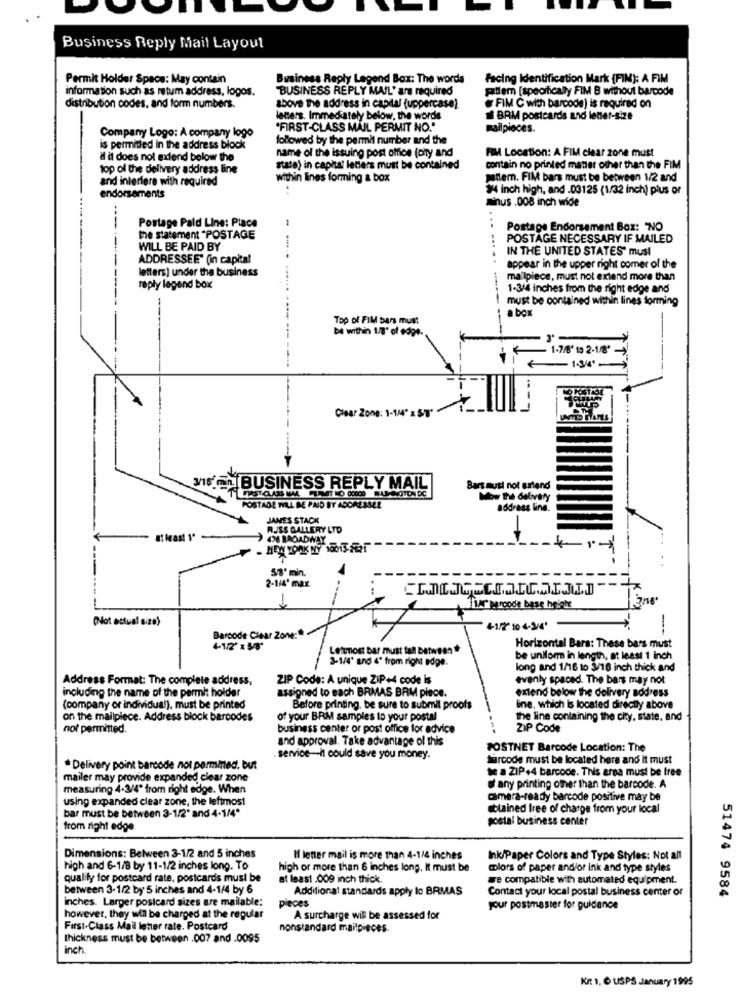
Business Reply Mail Layout
Permit Holder Space: May contain
Business Reply Legend Box: The words
facing Identification Mark (FIM): A FIM
information such as retum address, logos.
"BUSINESS REPLY MAIL' are required
paulem [specifically FIM B without barcode
distribution codes, and form numbers.
above the address in capital (uppercase).
FIM C with barcode) is required on
leners. Immediately below, the words
BAM postcards and lener-size
"FIRST-CLASS MAIL PERMIT NO."
Railpieces.
Company Logo: A company logo
followed by the permit number and the
is permitted in the address block
name of the issuing post office (only and
il dt does not extend below the
FIM Location: A FIM clear zone must
top of the delivery address line
stato) in capital letters must be contained
contain no printed matter other than the FIM
and interfere with required
within lines forming a box
mailem. FIM bars must be between 1/2 and
3/4 inch high, and .03125 (1/32 inch) plus or
endorsements
minus .008 inch wide
---
Postage Paid Line: Place
Postage Endorsement Box: "NO
-
the statement "POSTAGE
POSTAGE NECESSARY IF MAILED
WILL BE PAID BY
IN THE UNITED STATES" must
ADDRESSEE" (in capital
letters] under the business
appear in the upper right comer of the
mailpiece, must not extend more than
reply legend box
...
1-3/4 inches from the right edge and
must be contained within lines forming
Top of FIM bars must
a box
be within 1/8' of edge.
1-7/8' to 2-1/8"
1-3/4"
Clear Zone: 1-1/4" x ST'
115 On BUSINESS REPLY MAIL
Bart must not artend
Mow the delivery
POSTAGE WILL BE PAID BY ADORESSEL
address line.
JAMES STACK
RUSS GALLERY LTD
476 BROADWAY
. MEN YORK NY 10013- FR21
58' min.
2-114' max
LA paroode base height
(Not actual size)
4-1/2 10 4-34'
Barcode Clear Zone:
4-1/2" 158'
Letunost bar must fall between *
Horizontal Bara: These bars must
3-1/4' and 4º from right edge.
be uniform in length, at least 1 inch
long and 1/16 to 3/16 inch thick and
Address Format: The complete address,
ZIP Code: A unique ZiP+4 code is
evenly spaced. The bars may not
including the name of the permit holder
assigned to each BRMAS BRM piece.
extend below the delivery address
(company or individual), must be printed
Before printing, be sure to submit proofs
line, which Is located directly above
on the mallpiece. Address block barcodes
of your BRM samples to your postal
the line containing the city, state, and
not permitted.
business center or post office for advice
ZIP Code
and approval. Take advantage of this
POSTNET Barcode Location: The
service-it could save you money.
fürcode must be located here and it must
Delivery point barcode not permined. but
te a ZIP+4 barcode. This area must be free
mailer may provide expanded clear zone
measuring 4.3/4" from right edge. When
of any printing other than the barcode. A
using expanded clear zone, the leftmost
camera-ready barcode positive may be
bar must be between 3-1/2" and 4-1/4"
obtained free of charge from your local
postal business center
from right edge
Dimensions: Between 3-1/2 and 5 inches
I lener mail is more than 4-1/4 inches
Ink/Paper Colors and Type Styles: Not all
high and 6-1/8 by 11-1/2 inches long. To
high or more than 6 inches long. It must be
colors of paper and/or ink and type styles
qualify for postcard rate, postcards must be
at least .009 inch thick.
we compatible with automated equipment.
between 3-1/2 by 5 inches and 4-1/4 by 6
Additional standards apply lo BRMAS
Contact your local postal business center or
51474 9584
inches. Larger postcard sizes are mailable:
pieces
your postmaster for guidance
however, they will be charged at the regular
A surcharge will be assessed for
First-Class Mail letter rate. Postcard
nonstandard mailpieces.
thickness must be between .007 and .0095
inch.
Kit 1, 6 USPS January 1995